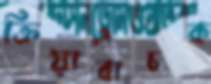
ক্রিয়াবাচক